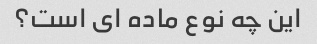
این چه نوع ماده ای است؟